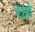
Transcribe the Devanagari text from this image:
रेलो